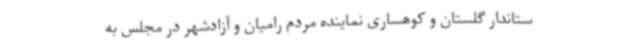
ستاندار گلستان و کوهساری نماینده مردم رامیان و آزادشهر در مجلس به